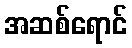
အဆစ်ရောင်